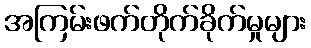
အကြမ်းဖက်တိုက်ခိုက်မှုများ